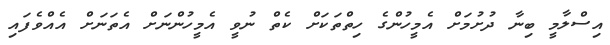
އިސްލާމީ ބިނާ ދުށުމަށް އެމީހުންގެ ހިތްތަކަށް ކެތް ނުވީ އެމީހުންނަށް އެތަނަށް އެއްވެފައި